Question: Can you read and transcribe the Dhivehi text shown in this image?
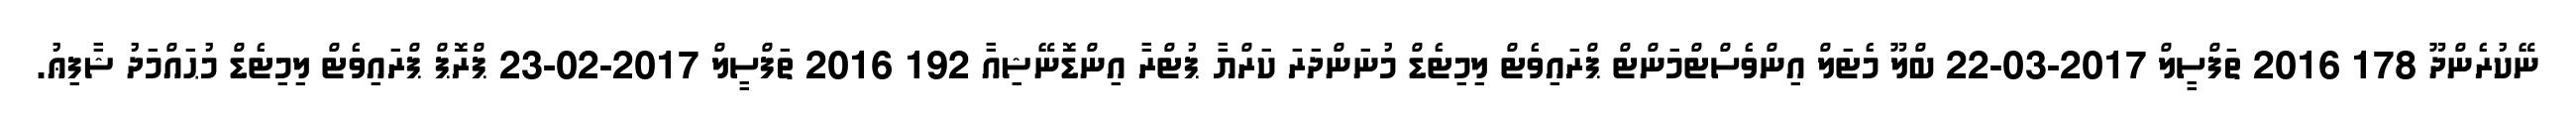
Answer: ނޭކުރެންދޫ 178 2016 ތަފްސީލް 2017-03-22 ބްލޫ މެޓަލް އިންވެސްޓްމަންޓް ޕްރައިވެޓް ލިމިޓެޑް މުނަންދަރަ ކަރްޔާ ޕުޓްރާ އިންޑޮނޭޝިއާ 192 2016 ތަފްސީލް 2017-02-23 ޕްރޮޕް ޕްރައިވެޓް ލިމިޓެޑް މުޙައްމަދު ޝާފިޢު.